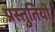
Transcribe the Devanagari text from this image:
प्रस्‍तुतियों